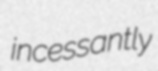
incessantly